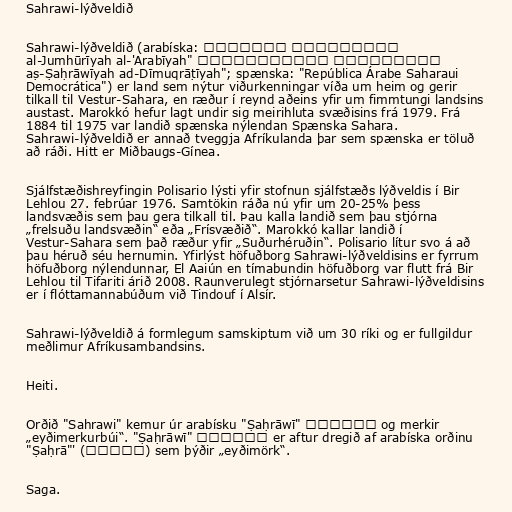
Sahrawi-lýðveldið

Sahrawi-lýðveldið (arabíska: ‎الجمهورية العربية
الصحراوية الديمقراطية "al-Jumhūrīyah al-'Arabīyah
aṣ-Ṣaḥrāwīyah ad-Dīmuqrāṭīyah"; spænska: "República Árabe Saharaui
Democrática") er land sem nýtur viðurkenningar víða um heim og gerir
tilkall til Vestur-Sahara, en ræður í reynd aðeins yfir um fimmtungi landsins
austast. Marokkó hefur lagt undir sig meirihluta svæðisins frá 1979. Frá
1884 til 1975 var landið spænska nýlendan Spænska Sahara.
Sahrawi-lýðveldið er annað tveggja Afríkulanda þar sem spænska er töluð
að ráði. Hitt er Miðbaugs-Gínea.

Sjálfstæðishreyfingin Polisario lýsti yfir stofnun sjálfstæðs lýðveldis í Bir
Lehlou 27. febrúar 1976. Samtökin ráða nú yfir um 20-25% þess
landsvæðis sem þau gera tilkall til. Þau kalla landið sem þau stjórna
„frelsuðu landsvæðin“ eða „Frísvæðið“. Marokkó kallar landið í
Vestur-Sahara sem það ræður yfir „Suðurhéruðin“. Polisario lítur svo á að
þau héruð séu hernumin. Yfirlýst höfuðborg Sahrawi-lýðveldisins er fyrrum
höfuðborg nýlendunnar, El Aaiún en tímabundin höfuðborg var flutt frá Bir
Lehlou til Tifariti árið 2008. Raunverulegt stjórnarsetur Sahrawi-lýðveldisins
er í flóttamannabúðum við Tindouf í Alsír.

Sahrawi-lýðveldið á formlegum samskiptum við um 30 ríki og er fullgildur
meðlimur Afríkusambandsins.

Heiti.

Orðið "Sahrawi" kemur úr arabísku "Ṣaḥrāwī" صحراوي og merkir
„eyðimerkurbúi“. "Ṣaḥrāwī" صحراوي er aftur dregið af arabíska orðinu
"Ṣaḥrā"' (صحراء) sem þýðir „eyðimörk“.

Saga.